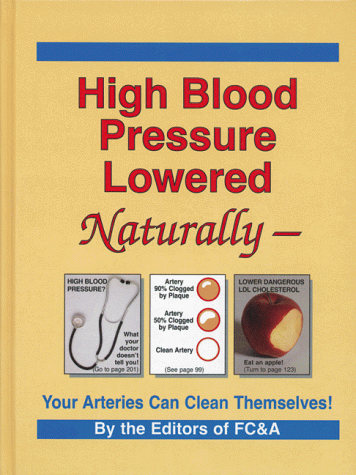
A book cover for High Blood Pressure Lowered Naturally; Fc; Health, Fitness & Dieting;